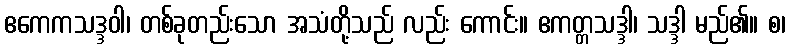
ဧကေကသဒ္ဒဝါ၊ တစ်ခုတည်းသော အသံတို့သည် လည်း ကောင်း။ ဧကတ္တသဒ္ဒါ၊ သဒ္ဒါ မည်၏။ စ၊